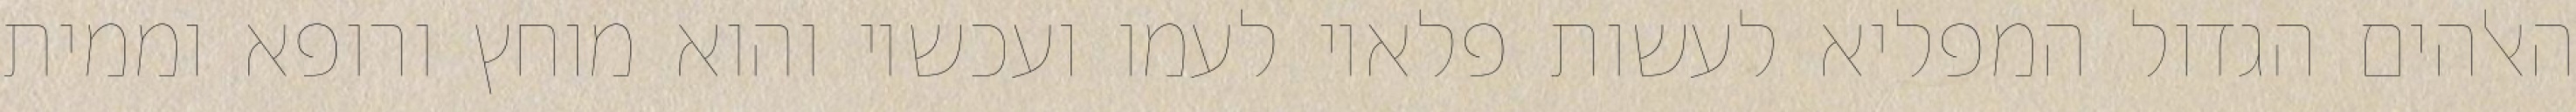
האלהים הגדול המפליא לעשות פלאיו לעמו ועכשיו והוא מוחץ ורופא וממית